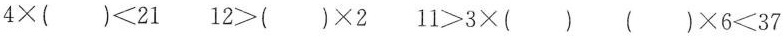
$$4 × ( ) < 2 1$$ $$1 2 > ( ) × 2$$ $$1 1 > 3 × ( )$$ $$( ) × 6 < 3 7$$